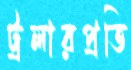
ট্রলারপ্রতি